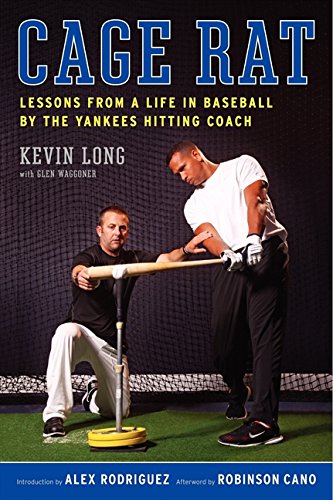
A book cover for Cage Rat: Lessons from a Life in Baseball by the Yankees Hitting Coach; Kevin Long; Sports & Outdoors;